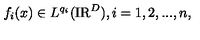
f _ { i } ( x ) \in L ^ { q _ { i } } ( \mathrm { I R } ^ { D } ) , i = 1 , 2 , . . . , n ,